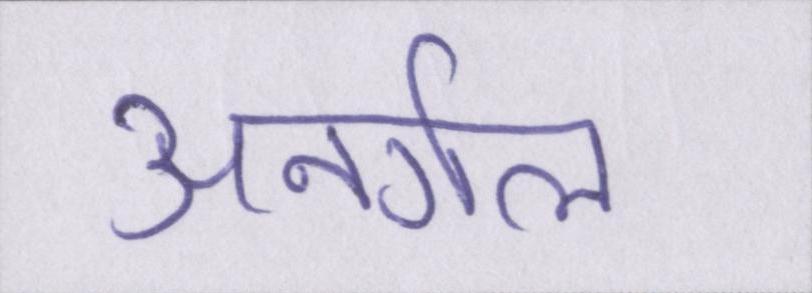
अनर्गल